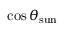
\cos \theta _ { \mathrm { s u n } }